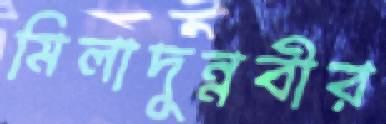
মিলাদুন্নবীর